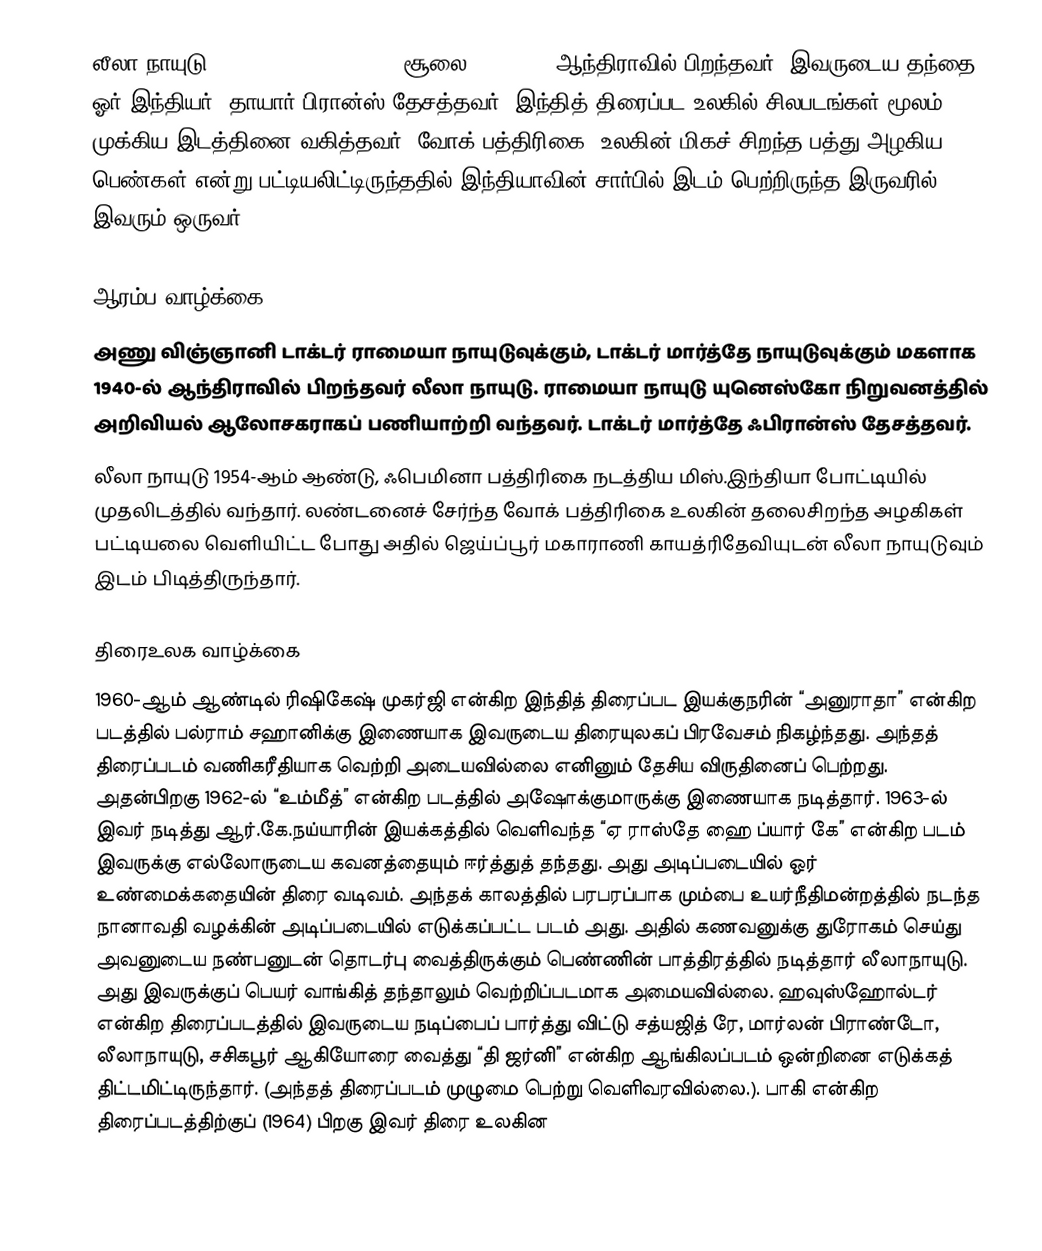
லீலா நாயுடு (Leela Naidu, , 1940 - சூலை 28, 2009) ஆந்திராவில் பிறந்தவர். இவருடைய தந்தை ஓர் இந்தியர்; தாயார் பிரான்ஸ் தேசத்தவர். இந்தித் திரைப்பட உலகில் சிலபடங்கள் மூலம் முக்கிய இடத்தினை வகித்தவர். வோக் பத்திரிகை, உலகின் மிகச் சிறந்த பத்து அழகிய பெண்கள் என்று பட்டியலிட்டிருந்ததில் இந்தியாவின் சார்பில் இடம் பெற்றிருந்த இருவரில் இவரும் ஒருவர்.

ஆரம்ப வாழ்க்கை
அணு விஞ்ஞானி டாக்டர் ராமையா நாயுடுவுக்கும், டாக்டர் மார்த்தே நாயுடுவுக்கும் மகளாக 1940-ல் ஆந்திராவில் பிறந்தவர் லீலா நாயுடு. ராமையா நாயுடு யுனெஸ்கோ நிறுவனத்தில் அறிவியல் ஆலோசகராகப் பணியாற்றி வந்தவர். டாக்டர் மார்த்தே ஃபிரான்ஸ் தேசத்தவர்.
லீலா நாயுடு 1954-ஆம் ஆண்டு, ஃபெமினா பத்திரிகை நடத்திய மிஸ்.இந்தியா போட்டியில் முதலிடத்தில் வந்தார். லண்டனைச் சேர்ந்த வோக் பத்திரிகை உலகின் தலைசிறந்த அழகிகள் பட்டியலை வெளியிட்ட போது அதில் ஜெய்ப்பூர் மகாராணி காயத்ரிதேவியுடன் லீலா நாயுடுவும் இடம் பிடித்திருந்தார்.

திரைஉலக வாழ்க்கை
1960-ஆம் ஆண்டில் ரிஷிகேஷ் முகர்ஜி என்கிற இந்தித் திரைப்பட இயக்குநரின் “அனுராதா” என்கிற படத்தில் பல்ராம் சஹானிக்கு இணையாக இவருடைய திரையுலகப் பிரவேசம் நிகழ்ந்தது. அந்தத் திரைப்படம் வணிகரீதியாக வெற்றி அடையவில்லை எனினும் தேசிய விருதினைப் பெற்றது. அதன்பிறகு 1962-ல் “உம்மீத்” என்கிற படத்தில் அஷோக்குமாருக்கு இணையாக நடித்தார். 1963-ல் இவர் நடித்து ஆர்.கே.நய்யாரின் இயக்கத்தில் வெளிவந்த “ஏ ராஸ்தே ஹை ப்யார் கே” என்கிற படம் இவருக்கு எல்லோருடைய கவனத்தையும் ஈர்த்துத் தந்தது. அது அடிப்படையில் ஓர் உண்மைக்கதையின் திரை வடிவம். அந்தக் காலத்தில் பரபரப்பாக மும்பை உயர்நீதிமன்றத்தில் நடந்த நானாவதி வழக்கின் அடிப்படையில் எடுக்கப்பட்ட படம் அது. அதில் கணவனுக்கு துரோகம் செய்து அவனுடைய நண்பனுடன் தொடர்பு வைத்திருக்கும் பெண்ணின் பாத்திரத்தில் நடித்தார் லீலாநாயுடு. அது இவருக்குப் பெயர் வாங்கித் தந்தாலும் வெற்றிப்படமாக அமையவில்லை. ஹவுஸ்ஹோல்டர் என்கிற திரைப்படத்தில் இவருடைய நடிப்பைப் பார்த்து விட்டு சத்யஜித் ரே, மார்லன் பிராண்டோ, லீலாநாயுடு, சசிகபூர் ஆகியோரை வைத்து “தி ஜர்னி” என்கிற ஆங்கிலப்படம் ஒன்றினை எடுக்கத் திட்டமிட்டிருந்தார். (அந்தத் திரைப்படம் முழுமை பெற்று வெளிவரவில்லை.). பாகி என்கிற திரைப்படத்திற்குப் (1964) பிறகு இவர் திரை உலகின